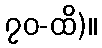
၇၀-ထိ)။